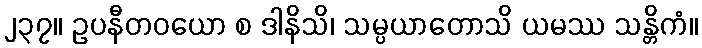
၂၃၇။ ဥပနီတဝယော စ ဒါနိသိ၊ သမ္ပယာတောသိ ယမဿ သန္တိကံ။